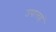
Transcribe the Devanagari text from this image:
उपात्तहं